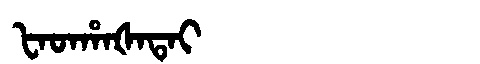
Manchu: ᡶᠠᡨᡥᠠᡧᠠᡨᠠᡳ
Romanization: FATHAŠATAI